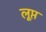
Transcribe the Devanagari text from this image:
लूप्त